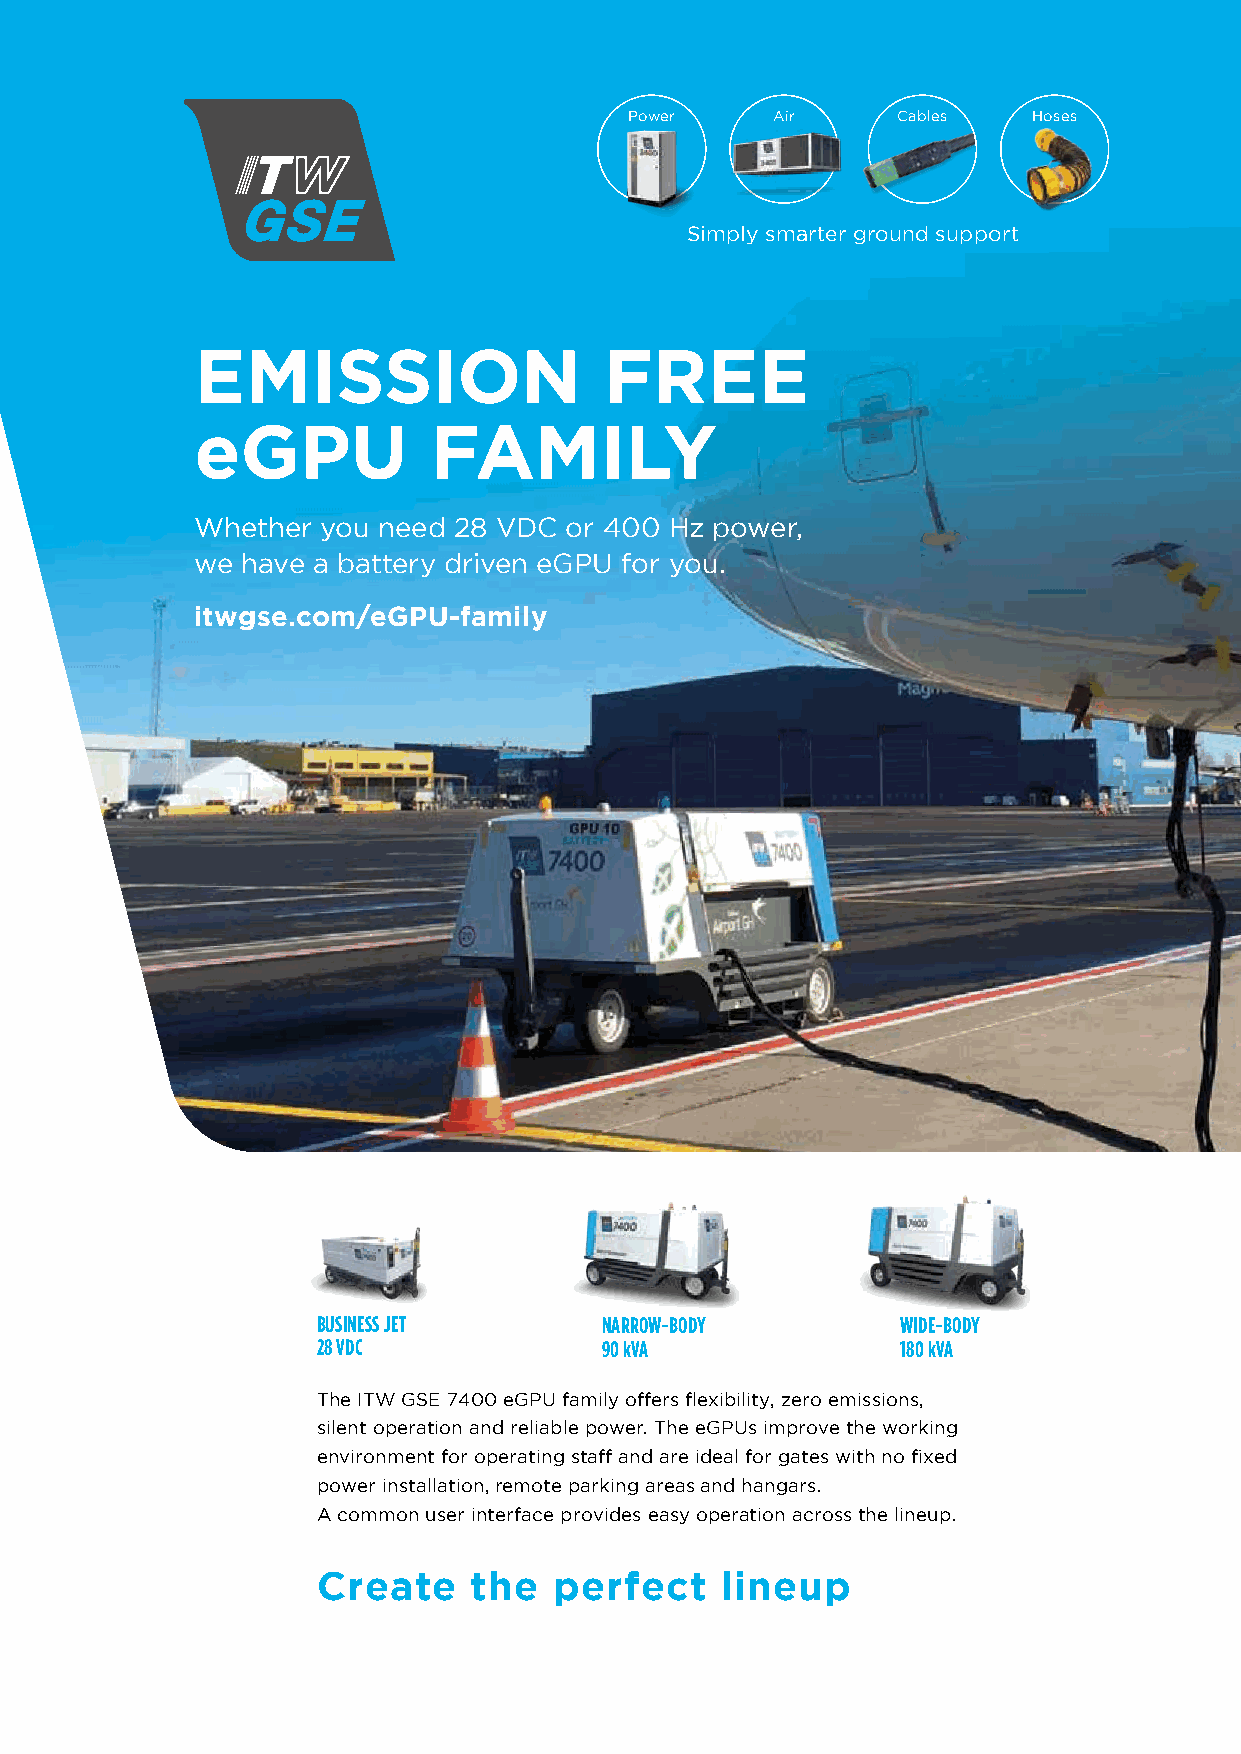
Power    Air     Cables   Hoses
 Simply smarter ground support
 EMISSION                   FREE
 eGPU           FAMILY
 Whether you need 28 VDC or 400 Hz power,
 we have a battery driven eGPU for you.
 itwgse.com/eGPU-family
 BUSINESS JET       NARROW-BODY         WIDE-BODY
 28 VDC             90 kVA              180 kVA
 The ITW GSE 7400 eGPU family offers flexibility, zero emissions,
 silent operation and reliable power. The eGPUs improve the working
 environment for operating staff and are ideal for gates with no fixed
 power installation, remote parking areas and hangars.
 A common user interface provides easy operation across the lineup.
 Create    the   perfect    lineup
 1133112200__IITTWWGGSSEE__PPeerrffeeccttLLiinneeuupp77440000ffaammiillyy__AAiirrppoorrttssIInntteerrnnaattiioonnaall__221100xx229977mmmm..iinndddd 11 0044//0022//22002211 1111..1144